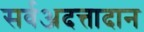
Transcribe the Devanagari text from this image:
सर्वअदत्तादान